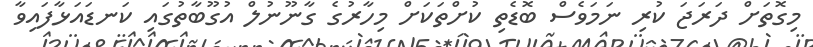
މިގޮތަށް ދަރަޖަ ކުރި ނަމަވެސް ބޮޑެތި ކުށްތަކަށް މިހާރުގެ ގާނޫނުލް އުގޫބާތުގައި ކަނޑައަޅާފައިވާ